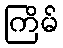
ကြိမ်